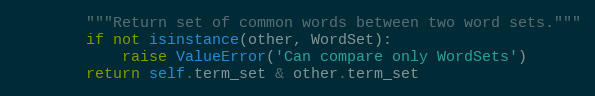
Language: Python
        """Return set of common words between two word sets."""
        if not isinstance(other, WordSet):
            raise ValueError('Can compare only WordSets')
        return self.term_set & other.term_set